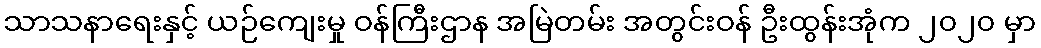
သာသနာရေးနှင့် ယဉ်ကျေးမှု ဝန်ကြီးဌာန အမြဲတမ်း အတွင်းဝန် ဦးထွန်းအုံက ၂၀၂၀ မှာ